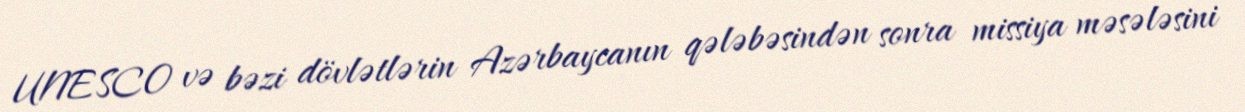
UNESCO və bəzi dövlətlərin Azərbaycanın qələbəsindən sonra missiya məsələsini